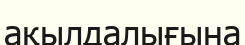
ақылдалығына